Account of plague administration in the Bombay Presidency from September 1896 till May 1897
Year: 1896
Disease focus: Plague
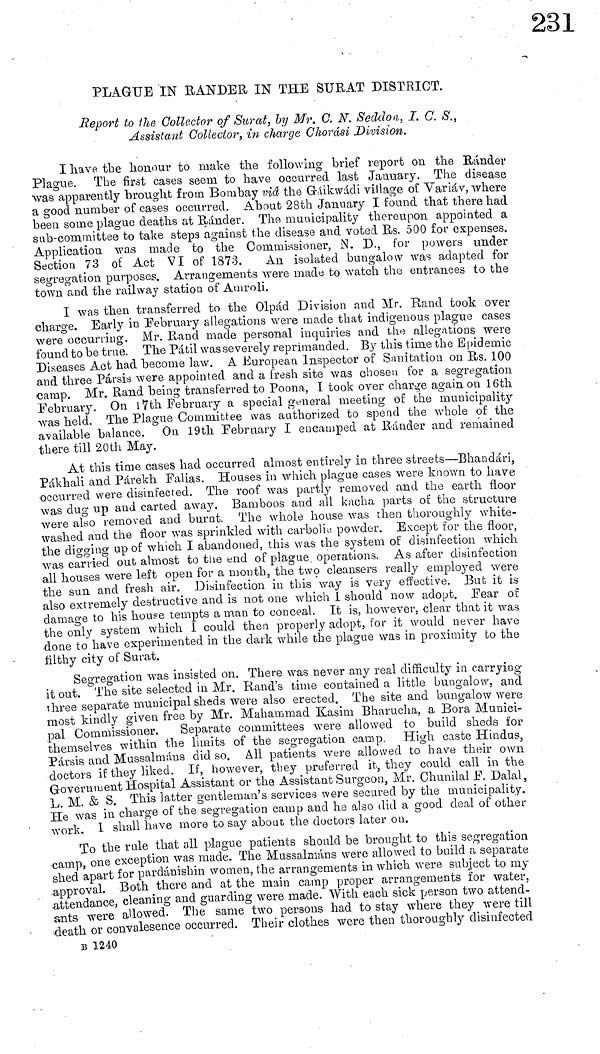
PLAGUE IN BANDER IN THE SURAT DISTRICT.
Report to the Collector of Surat, by Mr. C. N. Seddon, I. C. S.,
Assistant Collector, in charge Chorasi Division.
I have the honour to make the following brief report on the Bander
Plague. The first cases seem to have occurred last January. The disease
was apparently "brought from Bombay in a the Gaikwádi village of Varia v, where
a good number of cases occurred. About 28th January I found that there had
been some plague deaths at Rander. The municipality thereupon appointed a
sub-committee to take steps against the disease and voted Rs. 500 for expenses.
Application was made to the Commissioner, N. D., for powers under
Section 73 of Act VI of 1873.
An isolated bungalow was adapted for
segregation purposes. Arrangements were made to watch the entrances to the
town and the railway station of Amroli.
I was then transferred to the Olpád Division and Mr. Rand took over
charge. Early in February allegations were made that indigenous plague cases
were occurring. Mr. Rand made personal inquiries and the allegations were
found to be true. The Pátil was severely reprimanded. By this time the Epidemic
Diseases Act had become law. A European Inspector of Sanitation on Rs. 100
and three Pársis were appointed and a fresh site was chosen for a segregation
camp. Mr. Rand being transferred to Poona, I took over charge again on 16th
February. On 17th February a special general meeting of the municipality
was held. The Plague Committee was authorized to spend the whole of the
available balance. On 19th February I encamped at Bander and remained
there till 20th May.
At this time cases had occurred almost entirely in three streets—Bhandari,
Pákhali and Párekh Falias. Houses in which plague cases were known to have
occurred were disinfected. The roof was partly removed and the earth floor
was dug up and carted away. Bamboos and all kacha parts of the structure
were also removed and burnt. The whole house was then thoroughly white-
washed and the floor was sprinkled with carbolie powder. Except for the floor,
the digging up of which I abandoned, this was the system of disinfection which
was carried out almost to the end of plague, operations. As after disinfection
all houses were left open for a month, the two cleansers really employed were
the sun and fresh air. Disinfection in this way is very effective. But it is
also extremely destructive and is not one which I should now adopt. Fear of
damage to his house tempts a man to conceal. It is, however, clear that it was
the only system which I could then properly adopt, for it would never have
done to have experimented in the dark while the plague was in proximity to the
filthy city of Surat.
Segregation was insisted on. There was never any real difficulty in carrying
it out. The site selected in Mr. Rand's time contained a little bungalow, and
three separate municipal sheds were also erected. The site and bungalow were
most kindly given free by Mr. Mahammad Kasim Bharucha, a Bora Munici-
pal Commissioner.
Separate committees were allowed to build sheds for
themselves within the limits of the segregation camp. High caste Hindus,
Pársis and Mussalmáns did so. All patients were allowed to have their own
doctors if they liked. If, however, they preferred it, they could call in the
Government Hospital Assistant or the Assistant Surgeon, Mr. Chunilal F. Dalal,
L. M. & S. This latter gentleman's services were secured by the municipality.
He was in charge of the segregation camp and he also did a good deal of other
work. I shall have more to say about the doctors later on.
To the rule that all plague patients should be brought to this segregation
camp, one exception was made. The Mussalmans were allowed to build a separate
shed apart for pardánishin women, the arrangements in which were subject to my
approval. Both there and at the main camp proper arrangements for water,
attendance, cleaning and guarding were made. With each sick person two attend-
ants were allowed. The same two persons had to stay where they were till
death or convalesence occurred. Their clothes were then thoroughly disinfected
B 1240